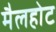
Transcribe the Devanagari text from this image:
मैलहोट